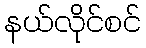
နယ်လိုင်စင်